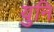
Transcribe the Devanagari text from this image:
युनि